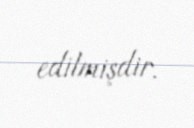
edilmişdir.